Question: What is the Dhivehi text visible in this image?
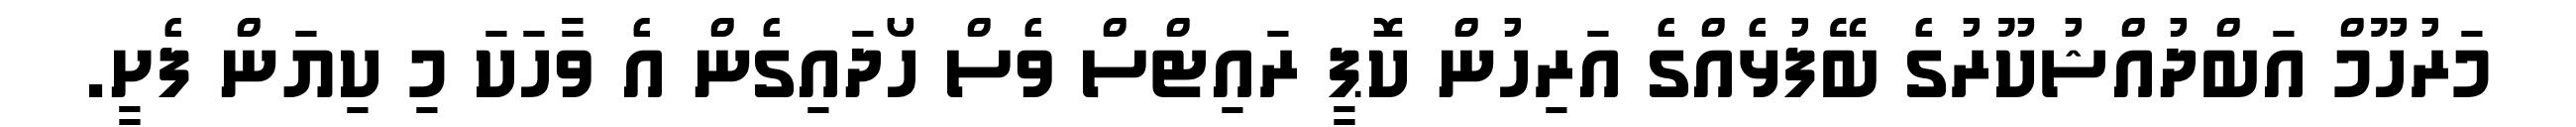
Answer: މަރުހޫމް އަބްދުއްޝުކޫރުގެ ބޭފުޅެއްގެ އަރިހުން ކޮޕީ ރައިޓްސް ވެސް ހޯދައިގެން އެ ވާހަކަ މި ކިޔަން ފެށީ.